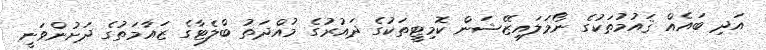
އަދި ބައެއް ޤައުމުތަކުގެ ނޯމަލައިޒޭޝަން ކޮމިޓީތަކުގެ ދައުރުގެ މުއްދަތު ބްލެޓާގެ ޒައާމަތުގެ ދަށުންވަނީ